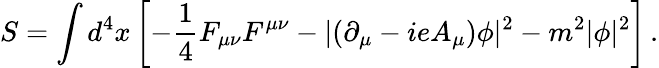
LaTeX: S=\int d^{4}x\left[-{\frac{1}{4}}F_{\mu\nu}F^{\mu\nu}-\vert(\partial_{\mu}-ieA_{\mu})\phi\vert^{2}-m^{2}\vert\phi\vert^{2}\right]\, .